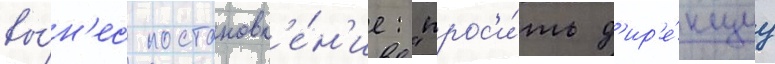
вы́н'ес постановл'е́н'ие: "прос'и́ть д'ир'е́кциу